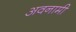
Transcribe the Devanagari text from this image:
अवनामी